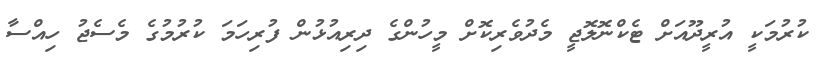
ކުރުމަކީ އުރީދޫއަށް ޓެކްނޮލޮޖީ މެދުވެރިކޮށް މީހުންގެ ދިރިއުޅުން ފުރިހަމަ ކުރުމުގެ މެސެޖު ހިއްސާ